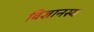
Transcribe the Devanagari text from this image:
विज्ञानस्य